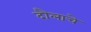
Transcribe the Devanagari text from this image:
दौलाचे